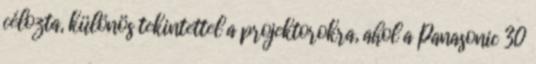
célozta, különös tekintettel a projektorokra, ahol a Panasonic 30